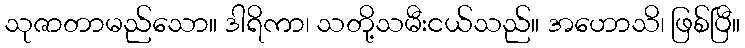
သုဇာတာမည်သော။ ဒါရိကာ၊ သတို့သမီးငယ်သည်။ အဟောသိ၊ ဖြစ်ပြီ။